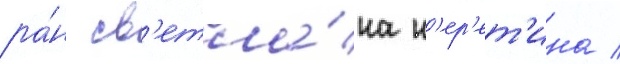
ра́н св'етла́на н'ер'ет'ина /